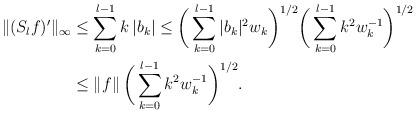
LaTeX: \begin{align*} \Vert (S_{l}f)' \Vert_\infty &\leq \sum_{k = 0}^{l - 1} k \,|b_k| \leq \bigg(\sum_{k = 0}^{ l- 1} |b_k|^{2} w_{k} \bigg)^{1/2} \bigg(\sum_{k = 0}^{l - 1} k^2 w_{k}^{- 1}\bigg)^{1/2} \\& \leq \Vert f \Vert \, \bigg(\sum_{k = 0}^{l - 1} k^2 w_{k}^{- 1}\bigg)^{1/2} .\end{align*}